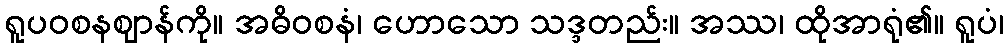
ရူပဝစနဈာန်ကို။ အဓိဝစနံ၊ ဟောသော သဒ္ဒတည်း။ အဿ၊ ထိုအာရုံ၏။ ရူပံ၊